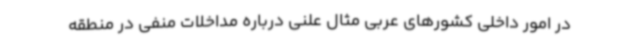
در امور داخلی کشورهای عربی مثال علنی درباره مداخلات منفی در منطقه